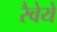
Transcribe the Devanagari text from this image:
रैवेये